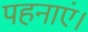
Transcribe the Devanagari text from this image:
पहनाएं।